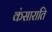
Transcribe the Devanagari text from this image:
कंसाराति